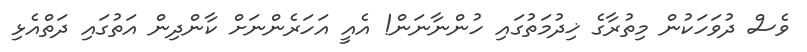
ވެސް ދުވަހަކުން މިތުރާގެ ޚިދުމަތުގައި ހުންނާނަން! އެއީ އަހަރެންނަށް ކާންދިން އަތުގައި ދަތްއެޅި